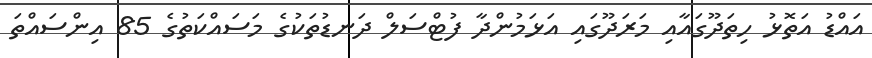
އައްޑު އަތޮޅު ހިތަދޫގައާއި މަރަދޫގައި އަޅަމުންދާ ފުޓްސަލް ދަނޑުތަކުގެ މަސައްކަތުގެ 85 އިންސައްތަ